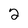
Character: 2